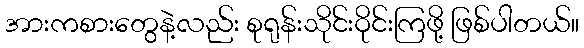
အားကစားတွေနဲ့လည်း စုရုန်းသိုင်းဝိုင်းကြဖို့ ဖြစ်ပါတယ်။